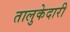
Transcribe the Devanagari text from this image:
तालुकेदारी